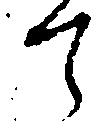
て